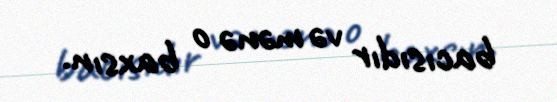
bacısıdır və mənə o baxsın.